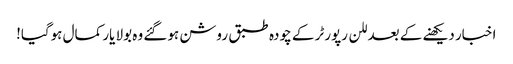
اخبار دیکھنے کے بعد للن رپورٹر کے چودہ طبق روشن ہوگئے وہ بولا یار کمال ہوگیا!